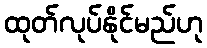
ထုတ်လုပ်နိုင်မည်ဟု